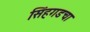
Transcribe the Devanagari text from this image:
सिंहगडचा